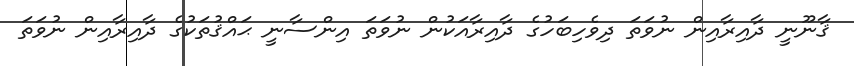
ޤާނޫނީ ދާއިރާއިން ނުވަތަ ދިވެހިބަހުގެ ދާއިރާއަކުން ނުވަތަ އިންސާނީ ޙައްޤުތަކުގެ ދާއިރާއިން ނުވަތަ